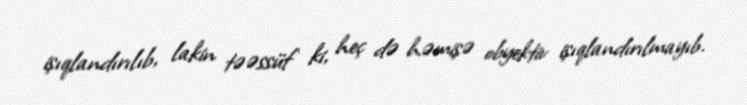
işıqlandırılıb, lakin təəssüf ki, heç də həmişə obyektiv işıqlandırılmayıb.